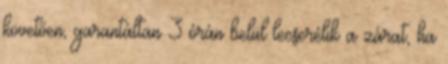
követően, garantáltan 3 órán belül lecserélik a zárat, ha